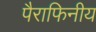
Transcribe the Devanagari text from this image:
पैराफिनीय